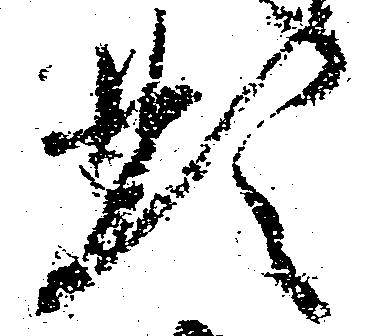
形